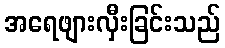
အရေဖျားလှီးခြင်းသည်